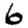
Digit: 6